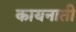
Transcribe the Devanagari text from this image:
कायनाती